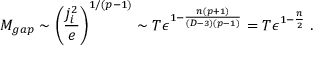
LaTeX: M _ { g a p } \sim \left( { \frac { j _ { i } ^ { 2 } } { e } } \right) ^ { 1 / ( p - 1 ) } \sim T \epsilon ^ { 1 - { \frac { n ( p + 1 ) } { ( D - 3 ) ( p - 1 ) } } } = T \epsilon ^ { 1 - { \frac { n } { 2 } } } \ .